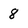
Character: 8